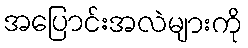
အပြောင်းအလဲများကို